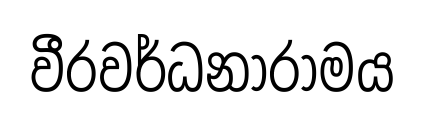
වීරවර්ධනාරාමය